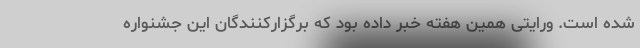
شده است. ورایتی همین هفته خبر داده بود که برگزارکنندگان این جشنواره